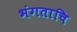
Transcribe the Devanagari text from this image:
भंगताचि